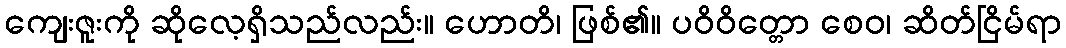
ကျေးဇူးကို ဆိုလေ့ရှိသည်လည်း။ ဟောတိ၊ ဖြစ်၏။ ပဝိဝိတ္တော စေဝ၊ ဆိတ်ငြိမ်ရာ